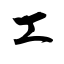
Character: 工